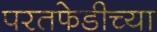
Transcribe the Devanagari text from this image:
परतफेडीच्या